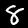
Label: 8